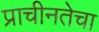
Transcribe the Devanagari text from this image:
प्राचीनतेचा